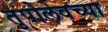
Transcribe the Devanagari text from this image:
तुपोलेवच्या